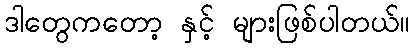
ဒါတွေကတော့ နှင့် များဖြစ်ပါတယ်။